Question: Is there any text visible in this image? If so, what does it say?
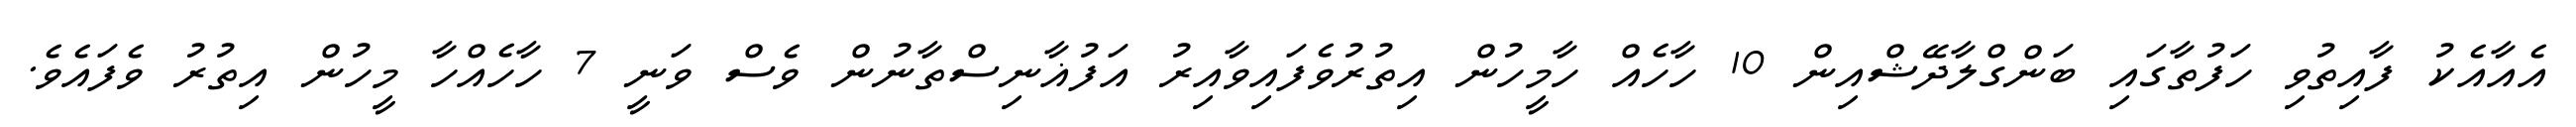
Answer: އެއާއެކު ފާއިތުވި ހަފުތާގައި ބަންގްލާދޭޝްއިން 10 ހާހެއް ހާމީހުން އިތުރުވެފައިވާއިރު އަފުޣާނިސްތާނުން ވެސް ވަނީ 7 ހާހެއްހާ މީހުން އިތުރު ވެފައެވެ.